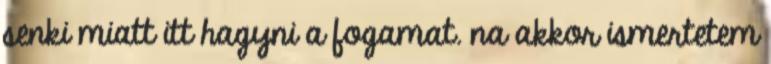
senki miatt itt hagyni a fogamat. na akkor ismertetem